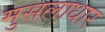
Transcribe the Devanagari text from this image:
मुसलाधार